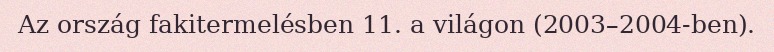
Az ország fakitermelésben 11. a világon (2003–2004-ben).